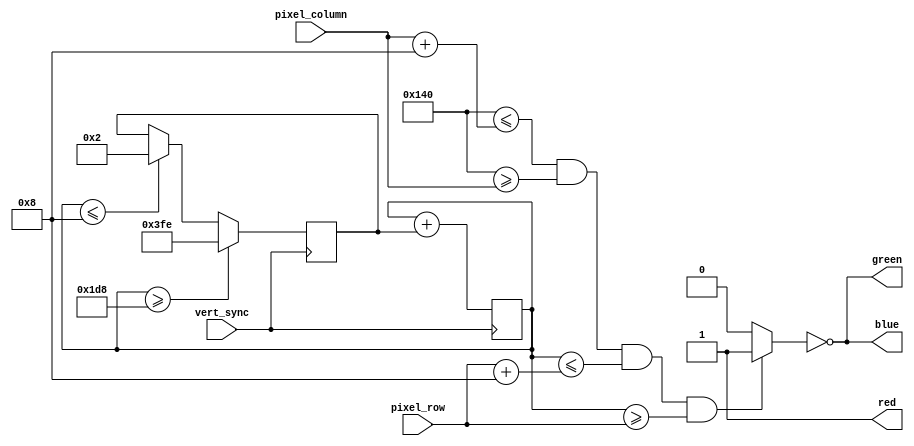
module ball (
  input [9:0] pixel_row, pixel_column,
  input vert_sync,
  output red, green, blue
);

  wire [9:0] size, ball_x_pos;
  reg [9:0] ball_y_motion, ball_y_pos;
  reg ball_on, direction;

  assign size = 10'd8;
  assign ball_x_pos = 10'd320;

  assign red = 1'b1;
  assign green = ~ball_on;
  assign blue = ~ball_on;

  always @ (*) begin
    if ((ball_x_pos <= (pixel_column + size)) && (ball_x_pos >= pixel_column) && (ball_y_pos <= (pixel_row + size)) && ((ball_y_pos) >= pixel_row)) begin
      ball_on = 1'b1;
    end else begin
      ball_on = 1'b0;
    end
  end

  always @ (posedge vert_sync) begin
    if (ball_y_pos >= (480 - size)) begin
      ball_y_motion <= -10'd2;
    end else if (ball_y_pos <= size) begin
      ball_y_motion <= 10'd2;
    end

    ball_y_pos <= ball_y_pos + ball_y_motion;
  end

endmodule